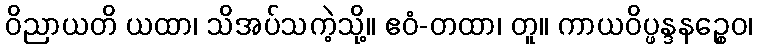
ဝိညာယတိ ယထာ၊ သိအပ်သကဲ့သို့။ ဧဝံ-တထာ၊ တူ။ ကာယဝိပ္ဖန္ဒနဉ္စေဝ၊